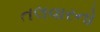
તલવારનો